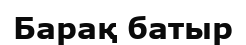
Барақ батыр